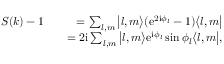
\begin{array} { r l r } { S ( k ) - 1 } & { } & { = \sum _ { l , m } \big | l , m \bigr \rangle ( \mathrm { e } ^ { 2 \mathrm { i } \phi _ { l } } - 1 ) \bigl \langle l , m \big | } \\ & { } & { = 2 \mathrm { i } \sum _ { l , m } \big | l , m \bigr \rangle \mathrm { e } ^ { \mathrm { i } \phi _ { l } } \sin \phi _ { l } \bigl \langle l , m \big | , } \end{array}